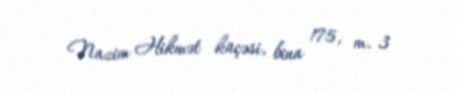
Nazim Hikmət küçəsi, bina 175, m. 3